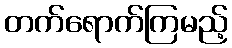
တက်ရောက်ကြမည့်